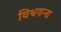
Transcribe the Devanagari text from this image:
विश्ववन्द्य